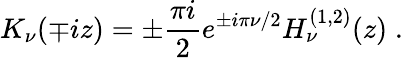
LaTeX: K_{\nu}(\mp iz)=\pm\frac{\pi i}{2}e^{\pm i\pi\nu/2}H_{\nu}^{(1,2)}(z)\; .